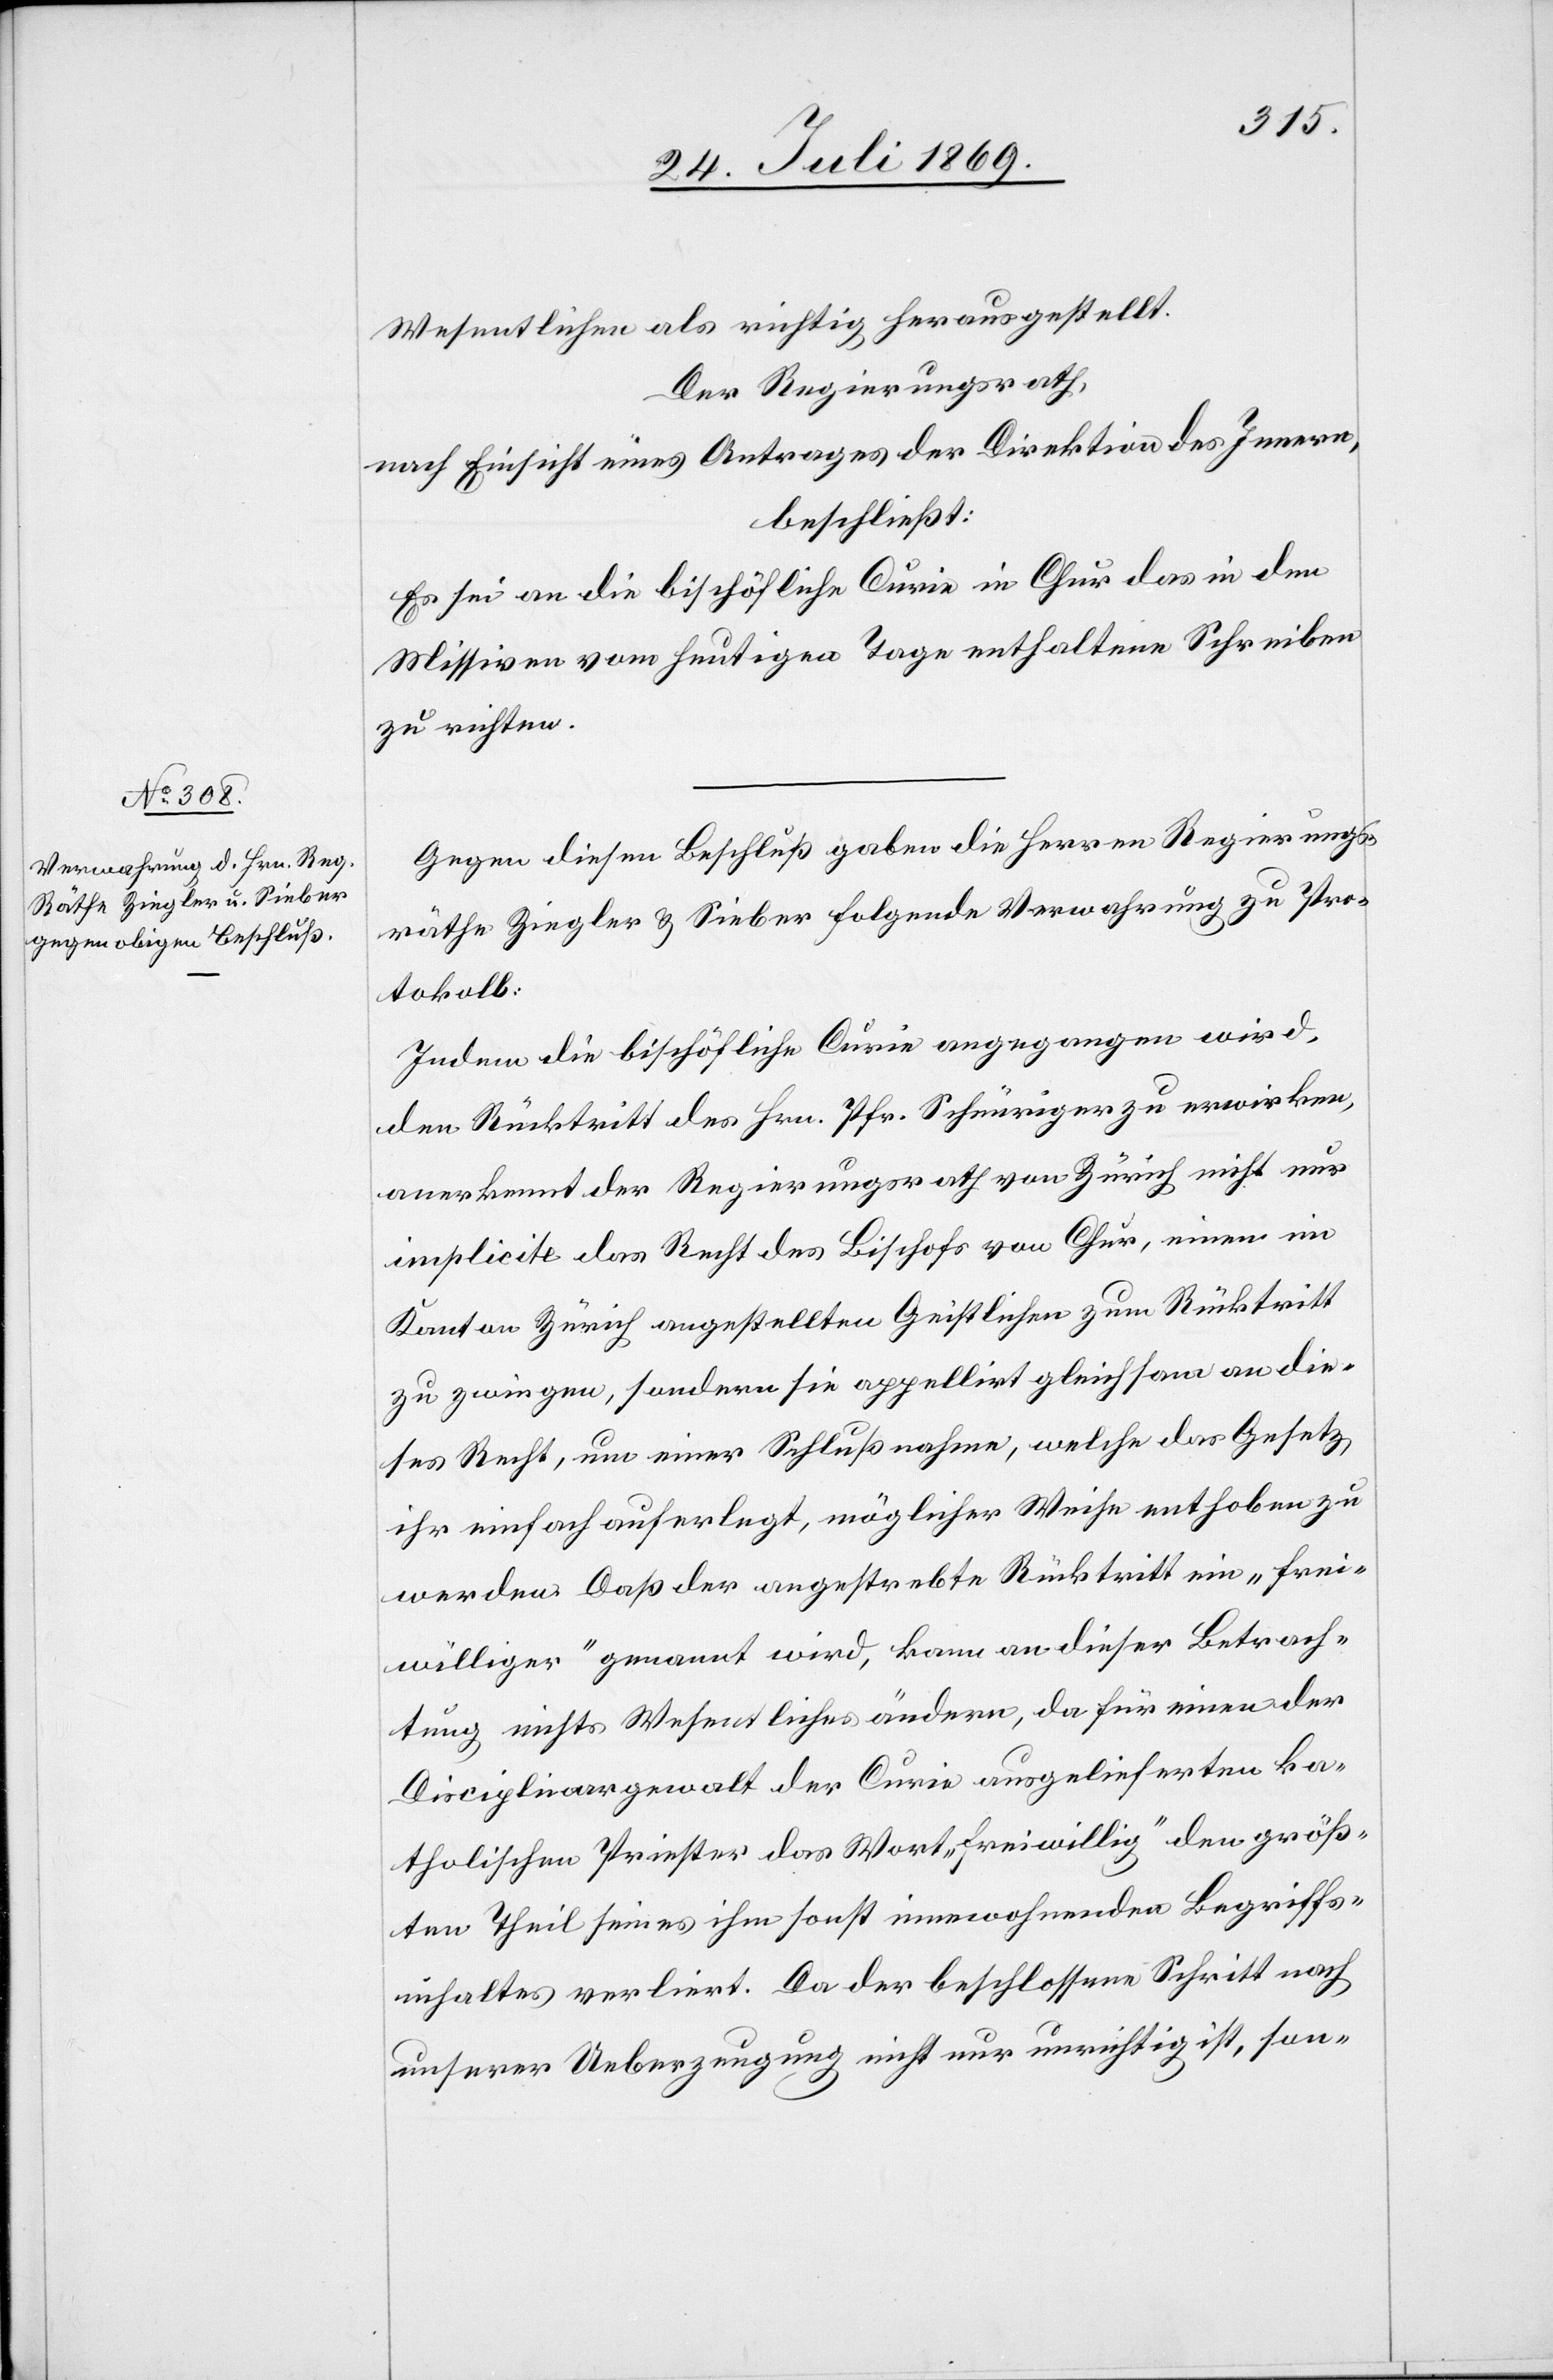
Wesentlichen als richtig herausgestellt.
Der Regierungsrath,
nach Einsicht eines Antrages der Direktion des Innern,
beschließt:
Es sei an die bischöfliche Curie in Chur das in den
Missiven vom heutigen Tage enthaltene Schreiben
zu richten.
Gegen diesen Beschluß gaben die Herren Regierungs¬
räthe Ziegler u. Sieber folgende Verwahrung zu Pro¬
tokoll:
Indem die bischöfliche Curie angegangen wird,
den Rücktritt des Hrn. Pfr. Schnüriger zu erwirken,
anerkennt der Regierungsrath von Zürich nicht nur
implicite das Recht des Bischofs von Chur, einen im
Kanton Zürich angestellten Geistlichen zum Rücktritt
zu zwingen, sondern sie appellirt gleichsam an die¬
ses Recht, um einer Schlußnahme, welche das Gesetz
ihr einfach auferlegt, möglicher Weise enthoben zu
werden. Daß der angestrebte Rücktritt ein „frei¬
williger“ genannt wird, kann an dieser Betrach¬
tung nichts Wesentliches ändern, da für einen der
Disciplinargewalt der Curie ausgelieferten ka¬
tholischen Priester das Wort „freiwillig“ den größ¬
ten Theil seines sonst innewohnenden Begriffs¬
inhaltes verliert. Da der beschlossene Schritt nach
unserer Ueberzeugung nicht nur unrichtig ist, son-